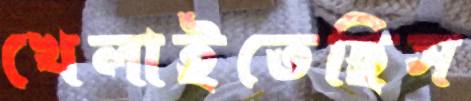
খেলাইতেছিস